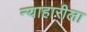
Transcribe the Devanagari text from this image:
न्याहारीला